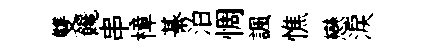
雙饞串樟綦泊惆諷憔戀淚